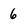
Character: 6